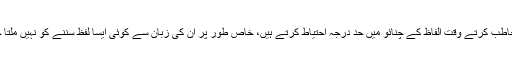
وہ اپنے سیاسی حریفوں ہی نہیں، اپنے ذاتی دشمنوں تک کو مخاطب کرتے وقت الفاظ کے چنائو میں حد درجہ احتیاط کرتے ہیں، خاص طور پر اُن کی زبان سے کوئی ایسا لفظ سننے کو نہیں ملتا جس سے خواتین کی تضحیک کا ادنیٰ سا بھی شائبہ پیدا ہوتا ہو۔